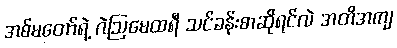
အစ်မတော်ရဲ့ ဂဲဩမေထရီ သင်ခန်းစာဆိုရင်လဲ အတိအကျ